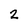
Character: 2